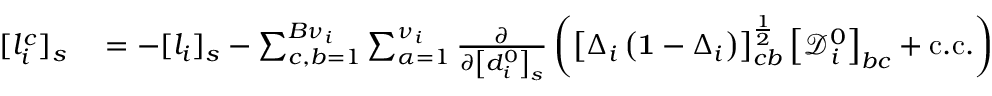
\begin{array} { r l r } { [ l _ { i } ^ { c } ] _ { s } } & { { } = - [ l _ { i } ] _ { s } - \sum _ { c , b = 1 } ^ { B { \nu } _ { i } } \sum _ { \alpha = 1 } ^ { \nu _ { i } } \frac { \partial } { \partial \left[ d _ { i } ^ { 0 } \right] _ { s } } \left( \left[ \Delta _ { i } \left( \mathbf { 1 } - \Delta _ { i } \right) \right] _ { c b } ^ { \frac { 1 } { 2 } } \left[ \mathcal { D } _ { i } ^ { 0 } \right] _ { b c } + \mathrm { c . c . } \right) \dag } & { = - [ l _ { i } ] _ { s } - \sum _ { c , b = 1 } ^ { B { \nu } _ { i } } \sum _ { \alpha = 1 } ^ { \nu _ { i } } \frac { \partial } { \partial \left[ d _ { i } ^ { 0 } \right] _ { s } } \left( \left[ \Delta _ { i } \left( \mathbf { 1 } - \Delta _ { i } \right) \right] _ { c b } ^ { \frac { 1 } { 2 } } \left[ \mathcal { D } _ { i } \right] _ { b \alpha } \left[ \mathcal { R } _ { i } \right] _ { c \alpha } + \mathrm { c . c . } \right) \dag , , } \end{array}